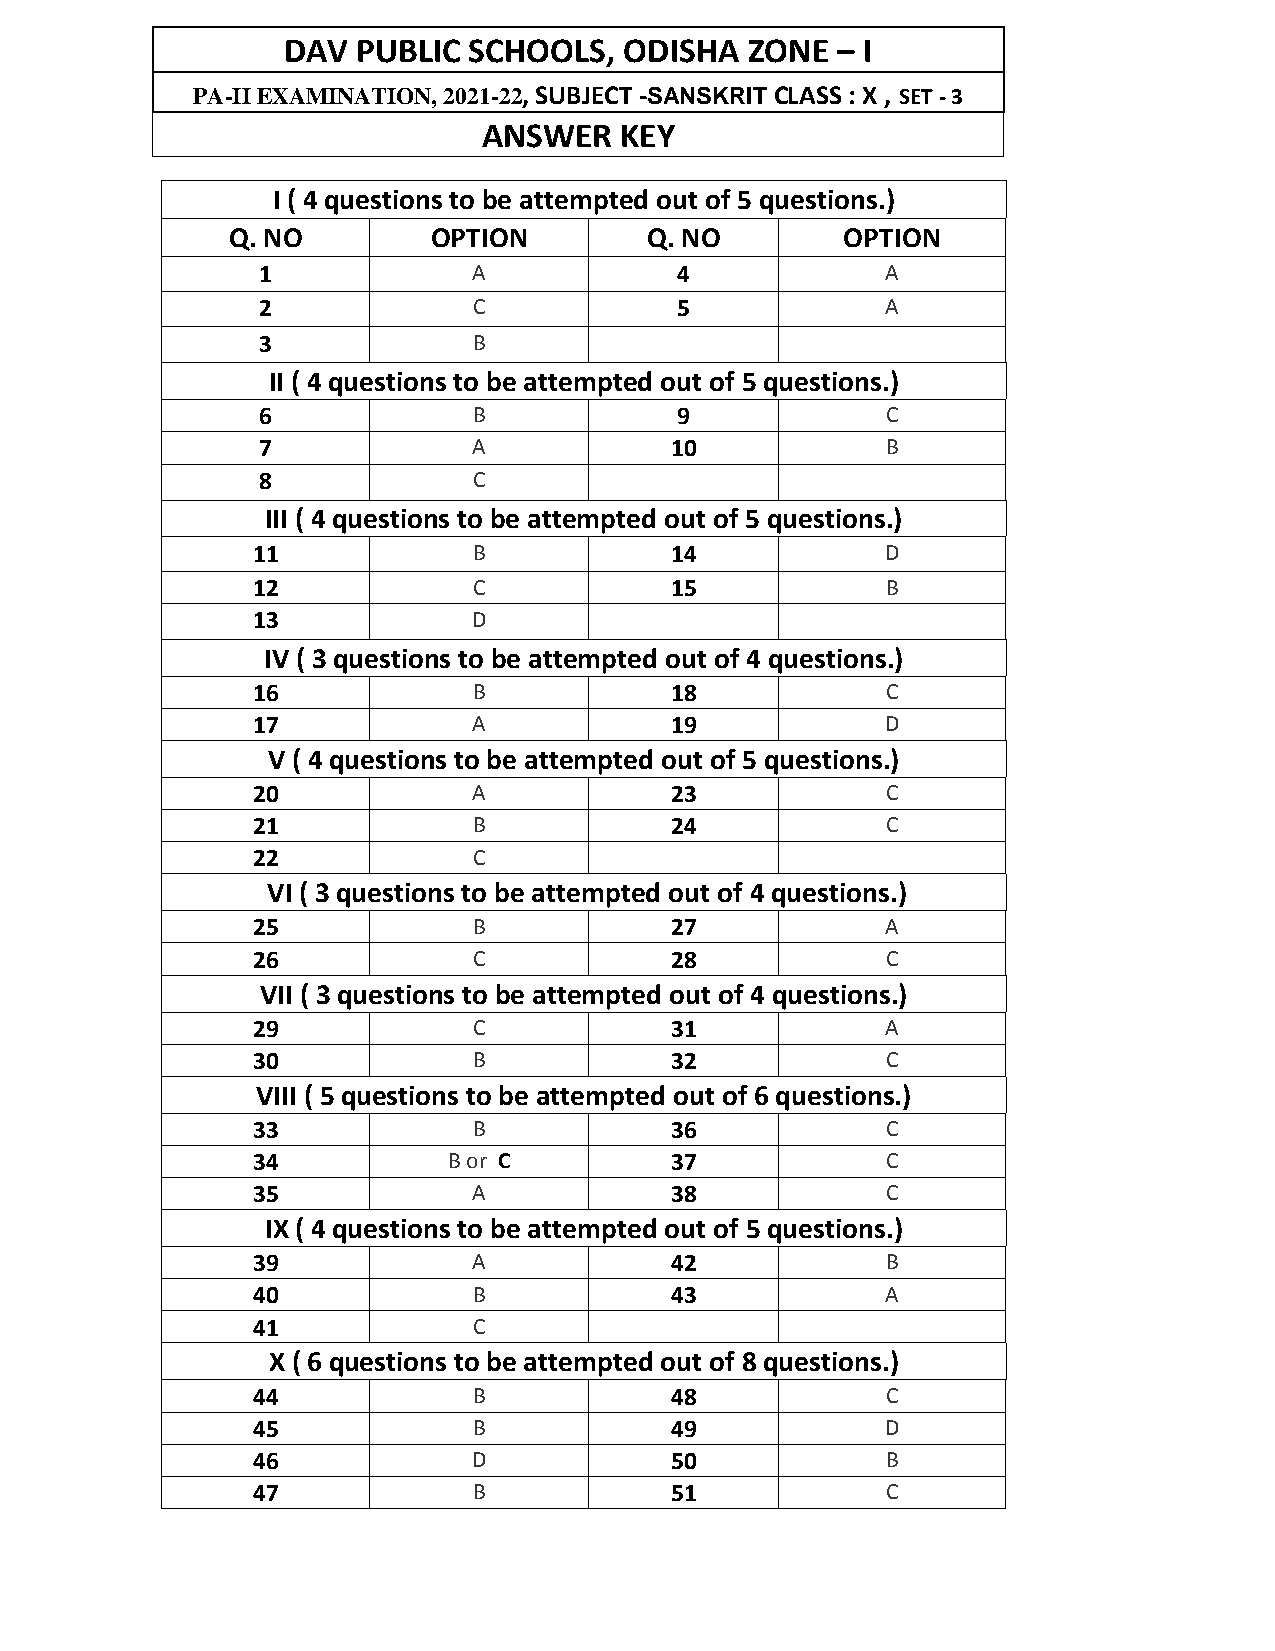
DAV  PUBLIC SCHOOLS,  ODISHA  ZONE  – I
 PA-II EXAMINATION, 2021-22, SUBJECT -SANSKRIT CLASS : X , SET - 3
 ANSWER   KEY
 I ( 4 questions to be attempted out of 5 questions.)
 Q. NO         OPTION        Q. NO        OPTION
 1             A             4             A
 2             C             5             A
 3             B
 II ( 4 questions to be attempted out of 5 questions.)
 6             B             9             C
 7             A            10             B
 8             C
 III ( 4 questions to be attempted out of 5 questions.)
 11            B            14             D
 12            C            15             B
 13            D
 IV ( 3 questions to be attempted out of 4 questions.)
 16            B            18             C
 17            A            19             D
 V ( 4 questions to be attempted out of 5 questions.)
 20            A            23             C
 21            B            24             C
 22            C
 VI ( 3 questions to be attempted out of 4 questions.)
 25            B            27             A
 26            C            28             C
 VII ( 3 questions to be attempted out of 4 questions.)
 29            C            31             A
 30            B            32             C
 VIII ( 5 questions to be attempted out of 6 questions.)
 33            B            36             C
 34           B or C        37             C
 35            A            38             C
 IX ( 4 questions to be attempted out of 5 questions.)
 39            A            42             B
 40            B            43             A
 41            C
 X ( 6 questions to be attempted out of 8 questions.)
 44            B            48             C
 45            B            49             D
 46            D            50             B
 47            B            51             C